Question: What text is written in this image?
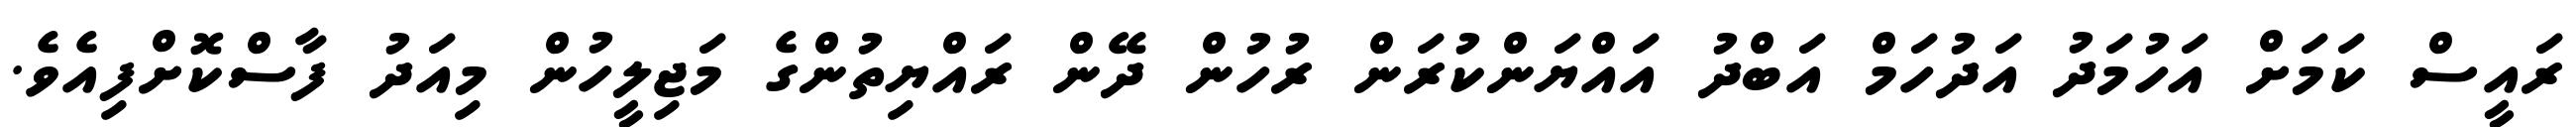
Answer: ރައީސް ކަމަށް އަހުމަދު އަދުހަމް އަބްދު އައްޔަންކުރަން ރުހުން ދޭން ރައްޔިތުންގެ މަޖިލީހުން މިއަދު ފާސްކޮށްފިއެވެ.